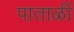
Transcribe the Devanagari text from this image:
पाताळीं